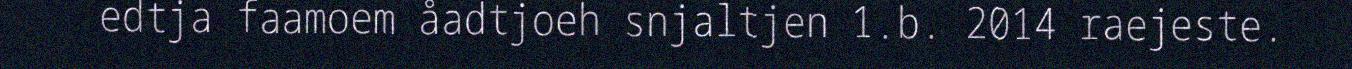
edtja faamoem åadtjoeh snjaltjen 1.b. 2014 raejeste.